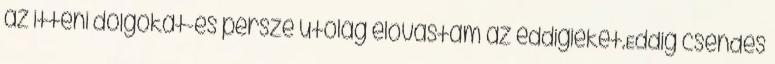
az itteni dolgokat-és persze utólag elovastam az eddigieket.Eddig csendes